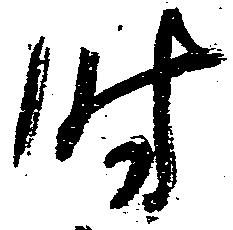
時